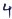
Text: 4